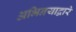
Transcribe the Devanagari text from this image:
अभिनयाद्वारे